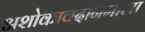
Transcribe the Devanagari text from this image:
अशोकावदानमाला